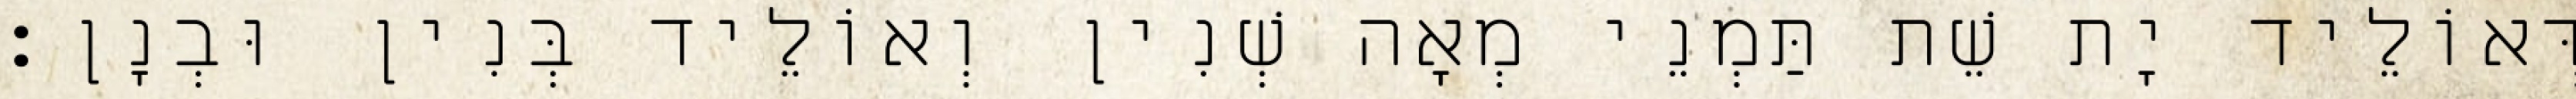
דְּאוֹלֵיד יָת שֵׁת תַּמְנֵי מְאָה שְׁנִין וְאוֹלֵיד בְּנִין וּבְנָן׃